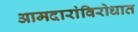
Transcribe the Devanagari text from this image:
आमदारांविरोधात